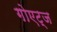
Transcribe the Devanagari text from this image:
गोएट्ज